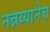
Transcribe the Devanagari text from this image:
नन्नय्यानेच